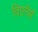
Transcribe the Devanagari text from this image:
विएनेर्स